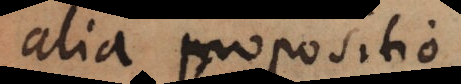
alia propositio